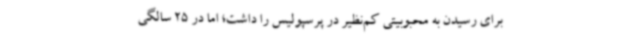
برای رسیدن به محبوبیتی کم‌نظیر در پرسپولیس را داشت؛ اما در 25 سالگی